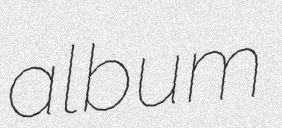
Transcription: album